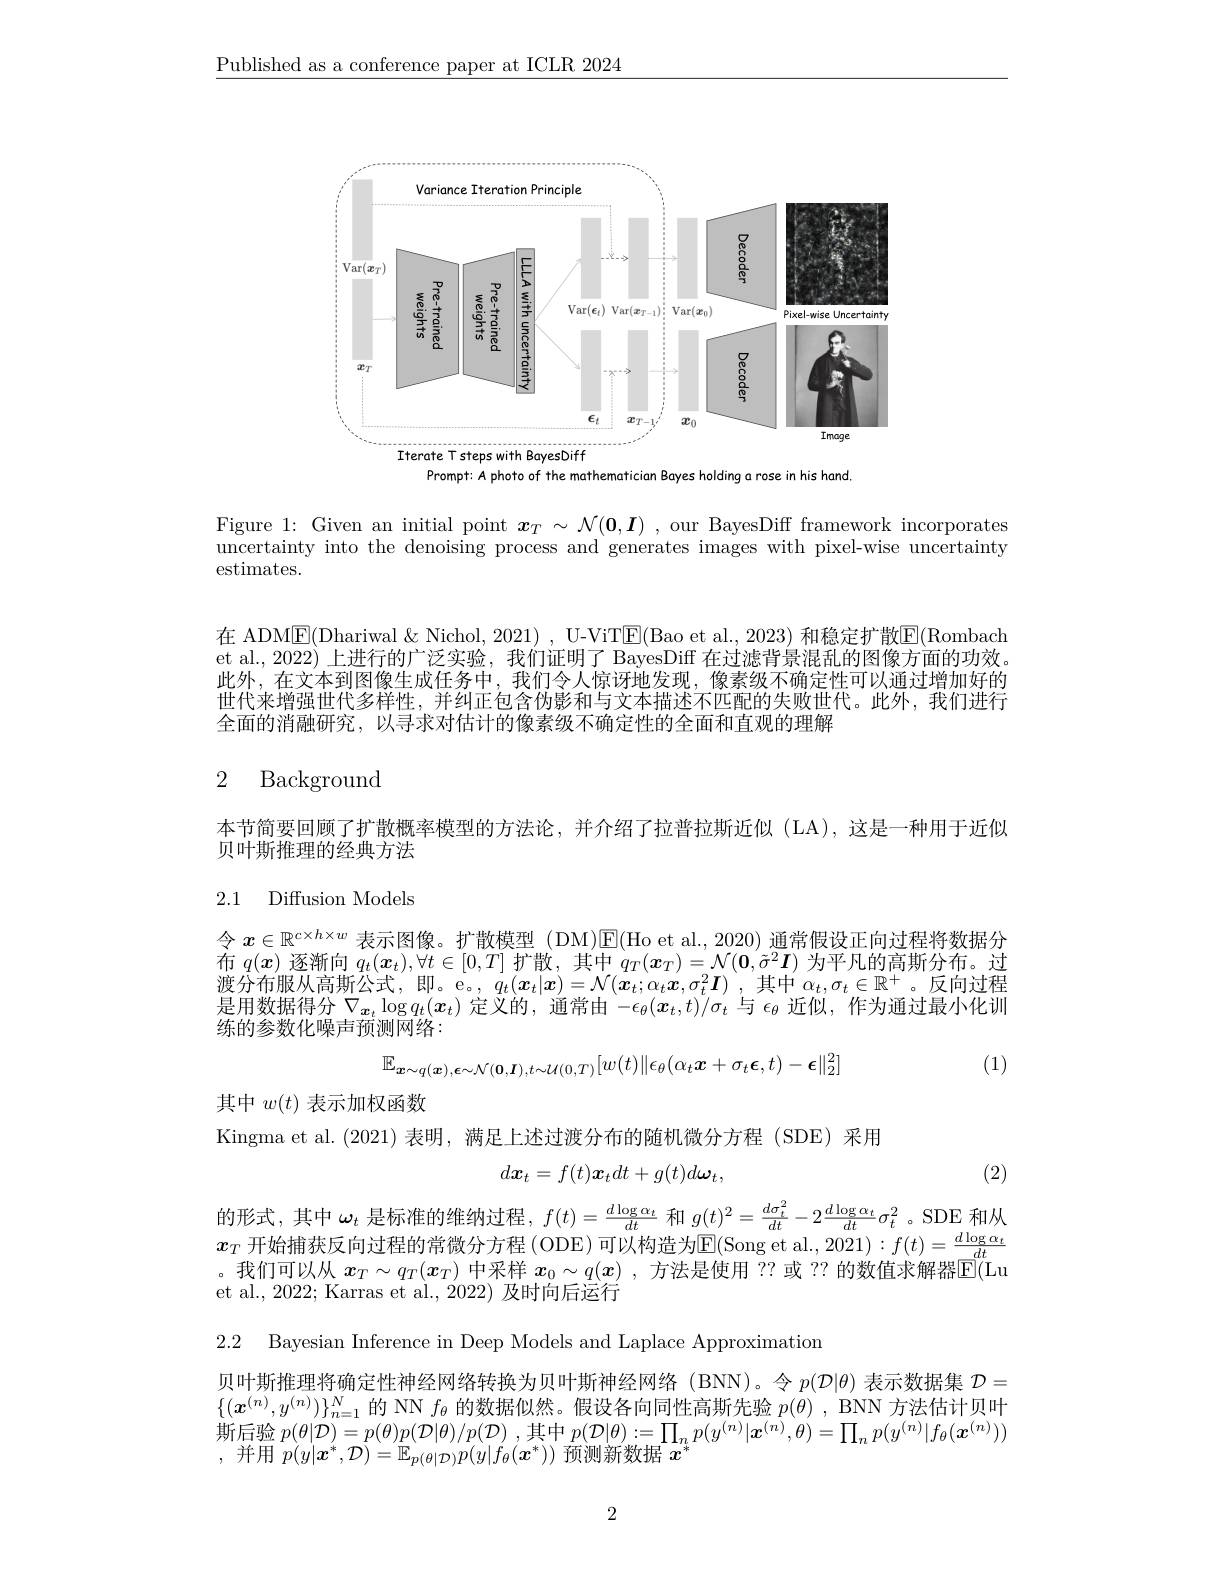
$\underline{\text{Published as a conference paper at ICLR 2024}}$

<FigureHere>
Prompt: A photo of the mathematician Bayes holding a rose in his hand.

Figure 1: Given an initial point $\boldsymbol{x}_T\sim\mathcal{N}(\boldsymbol{0},\boldsymbol{I})$ ,our BayesDiff framework incorporates uncertainty into the denoising process and generates images with pixel-wise uncertainty estimates.

在 ADME(Dhariwal &Nichol, 2021) , U-ViTE(Bao et al., 2023) 和稳定扩散E(Rombach et al., 2022) 上进行的广泛实验，我们证明了 BayesDiff 在过滤背景混乱的图像方面的功效。此外，在文本到图像生成任务中，我们令人惊讶地发现，像素级不确定性可以通过增加好的世代来增强世代多样性，并纠正包含伪影和与文本描述不匹配的失败世代。此外，我们进行全面的消融研究，以寻求对估计的像素级不确定性的全面和直观的理解

## 2 Background

本节简要回顾了扩散概率模型的方法论，并介绍了拉普拉斯近似(LA),这是一种用于近似
贝叶斯推理的经典方法

## 2.1 Diffusion Models

令$x\in\mathbb{R}^{c\times h\times w}$表示图像。扩散模型 (DM)$\mathbb{E}($Ho et al., 2020) 通常假设正向过程将数据分布$q(x)$逐渐向$q_t(x_t),\forall t\in[0,T]$扩散，其中$q_T(\boldsymbol{x}_T)=\mathcal{N}(\boldsymbol{0},\tilde{\sigma}^2\boldsymbol{I})$为平凡的高斯分布。过渡分布服从高斯公式，即。e。, $q_t( \boldsymbol{x}_t| \boldsymbol{x}) = \mathcal{N} ( \boldsymbol{x}_t; \alpha _t\boldsymbol{x}, \sigma _t^2\boldsymbol{I})$ ,其中$\alpha_t,\sigma_t\in\mathbb{R}^+$。反向过程是用数据得分$\nabla_{\boldsymbol{x}_t}\log q_t(\boldsymbol{x}_t)$定义的，通常由$-\epsilon_\theta(\boldsymbol{x}_t,t)/\sigma_t$与$\epsilon_\theta$近似，作为通过最小化训练的参数化噪声预测网络：
$$\mathbb{E}_{\boldsymbol{x}\sim q(\boldsymbol{x}),\boldsymbol{\epsilon}\sim\mathcal{N}(\boldsymbol{0},\boldsymbol{I}),t\sim\mathcal{U}(0,T)}[w(t)\|\epsilon_\theta(\alpha_t\boldsymbol{x}+\sigma_t\boldsymbol{\epsilon},t)-\boldsymbol{\epsilon}\|_2^2]$$
(1)

其中$w(t)$表示加权函数
Kingma et al.(2021) 表明，满足上述过渡分布的随机微分方程 (SDE) 采用
$$d\boldsymbol x_t=f(t)\boldsymbol x_tdt+g(t)d\boldsymbol\omega_t,$$
(2)

的形式，其中$\omega_t$是标准的维纳过程，$f(t)=\frac d\log\alpha_t{dt}$和$g(t)^2=\frac{d\sigma_t^2}{dt}-2\frac{d\log\alpha_t}{dt}\sigma_t^2$ 。SDE 和从$x_{T}$开始捕获反向过程的常微分方程(ODE)可以构造为$\mathbb{E}($Song et al., 2021)$:f(t)=\frac d\log\alpha_{t}{dt}$ 。我们可以从$x_T\sim q_T(x_T)$中采样$x_0\sim q(x)$,方法是使用 ?? 或 ?? 的数值求解器$\overline{\mathrm{E}}($Lu et al., 2022; Karras et al., 2022) 及时向后运行

2.2 Bayesian Inference in Deep Models and Laplace Approximation

贝叶斯推理将确定性神经网络转换为贝叶斯神经网络(BNN)。令$p(\mathcal{D}|\theta)$表示数据集$\mathcal{D}=$ $\{(\boldsymbol{x}^{(n)},y^{(n)})\}_{n=1}^N$的 NN $f_\theta$的数据似然。假设各向同性高斯先验$p(\theta)$, BNN 方法估计贝叶$\begin{array}{c}\text{斯后验 }p(\theta|\mathcal{D})=p(\theta)p(\mathcal{D}|\theta)/p(\mathcal{D})\:,\text{其中 }p(\mathcal{D}|\theta):=\prod_np(y^{(n)}|\boldsymbol{x}^{(n)},\theta)=\prod_np(y^{(n)}|f_\theta(\boldsymbol{x}^{(n)}))\\\text{并田 }n(u|\boldsymbol{x}^*\mathcal{D})-\mathbb{F}\:e_{0\mathbf{D}},n(u|f_o(\boldsymbol{x}^*))\:\text{ 而测新数据 }x^*\end{array}$ 并 用 $p( y| \boldsymbol{x}^* , \mathcal{D} ) = \mathbb{E} _{p( \theta | \mathcal{D} ) }p( y| f_\theta ( \boldsymbol{x}^* ) )$预测新数据$x^*$

2